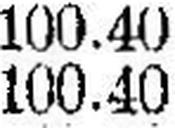
100.40